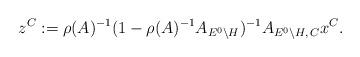
LaTeX: \begin{align*}z^C:=\rho(A)^{-1}(1-\rho(A)^{-1}A_{E^0\backslash H})^{-1}A_{E^0\backslash H,\,C}x^C.\end{align*}